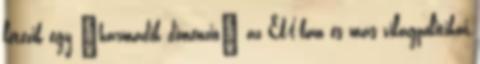
létezik egy "harmadik dimenzió" az EU-ban és más világpolitikai